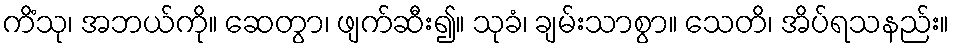
ကိံသု၊ အဘယ်ကို။ ဆေတွာ၊ ဖျက်ဆီး၍။ သုခံ၊ ချမ်းသာစွာ။ သေတိ၊ အိပ်ရသနည်း။